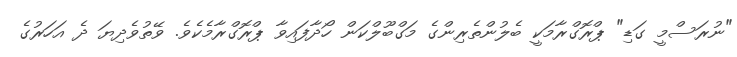
"ނުރަސްމީ ގަޑި" ޕްރޮގްރާމަކީ ބެލުންތެރިންގެ މަގްބޫލްކަން ހޯދާފައިވާ ޕްރޮގްރާމެކެވެ. ވޭތުވެދިޔަ ދެ އަހަރުގެ